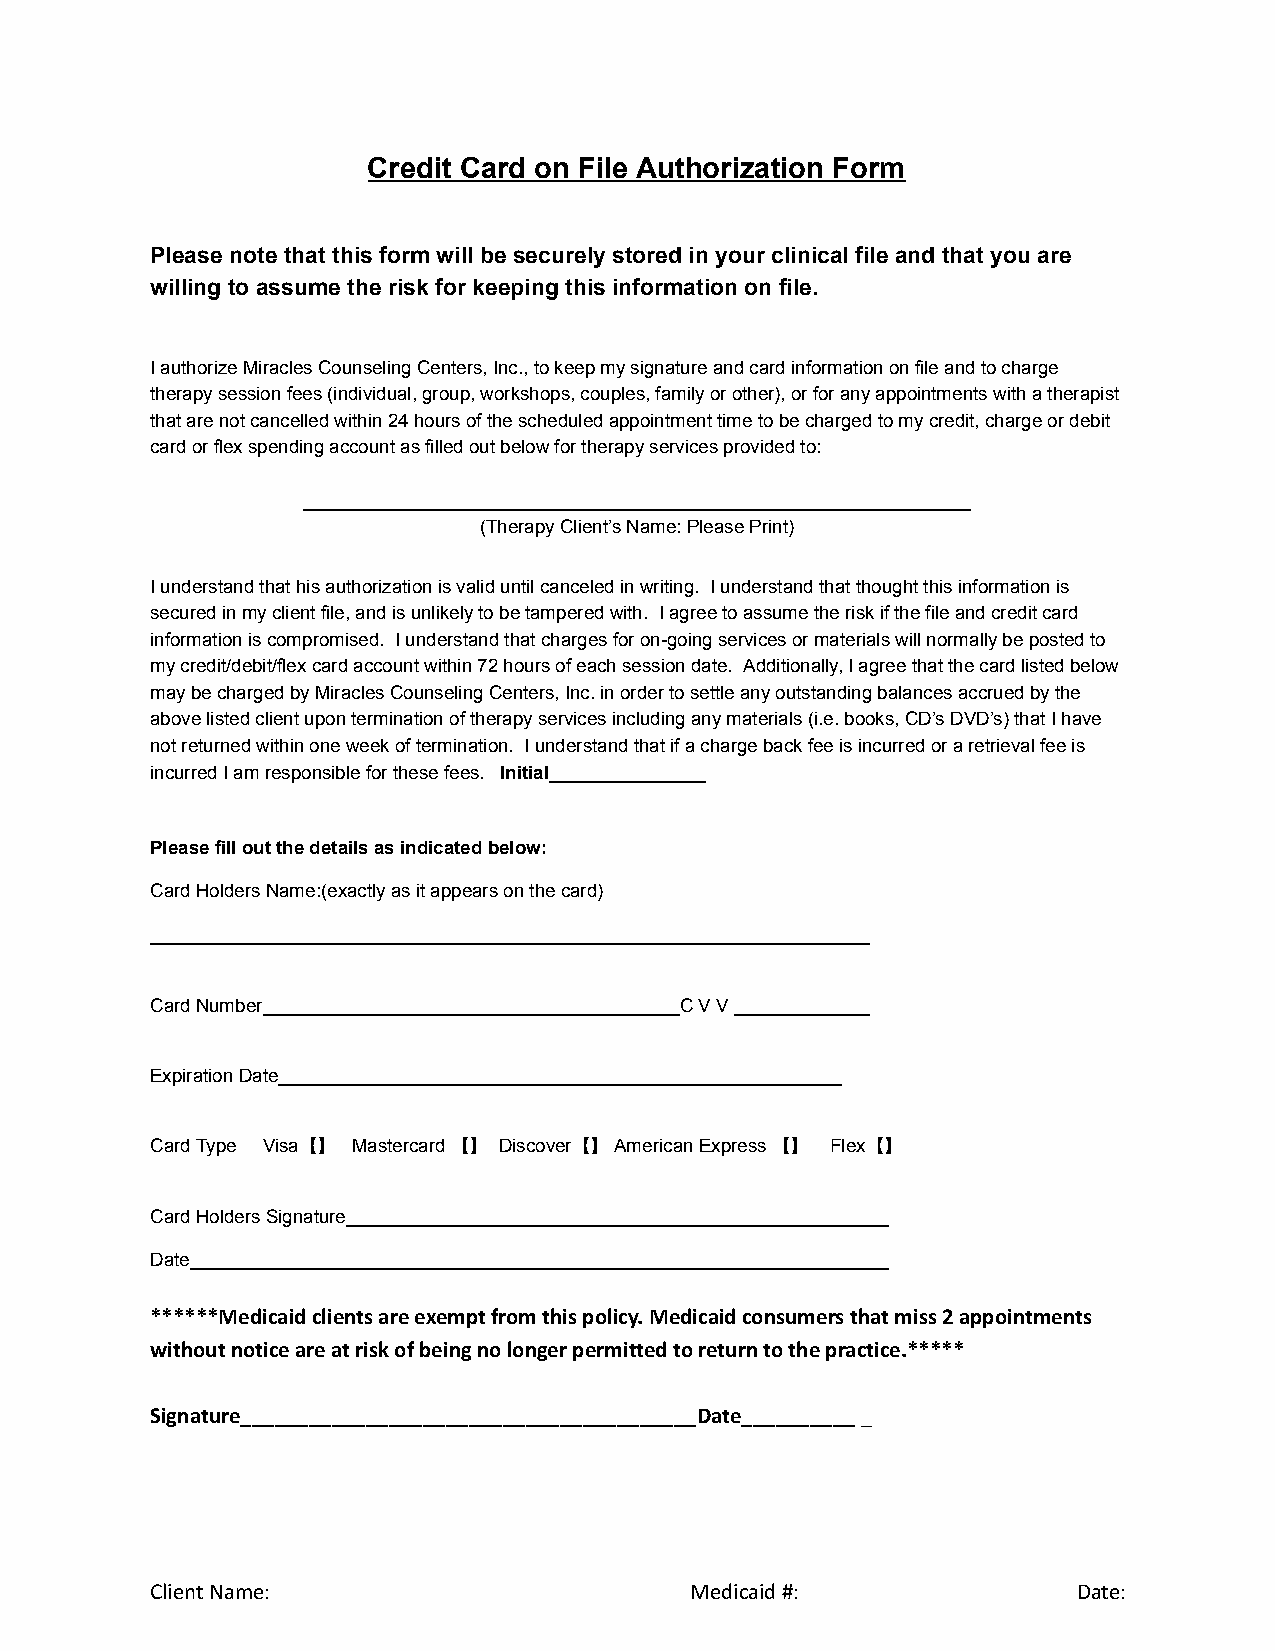
Credit Card on File Authorization Form
 Please note that this form will be securely stored in your clinical file and that you are
 willing to assume the risk for keeping this information on file.
 I authorize Miracles Counseling Centers, Inc., to keep my signature and card information on file and to charge
 therapy session fees (individual, group, workshops, couples, family or other), or for any appointments with a therapist
 that are not cancelled within 24 hours of the scheduled appointment time to be charged to my credit, charge or debit
 card or flex spending account as filled out below for therapy services provided to:
 ________________________________________________________________
 (Therapy Client’s Name: Please Print)
 I understand that his authorization is valid until canceled in writing. I understand that thought this information is
 secured in my client file, and is unlikely to be tampered with. I agree to assume the risk if the file and credit card
 information is compromised. I understand that charges for on-going services or materials will normally be posted to
 my credit/debit/flex card account within 72 hours of each session date. Additionally, I agree that the card listed below
 may be charged by Miracles Counseling Centers, Inc. in order to settle any outstanding balances accrued by the
 above listed client upon termination of therapy services including any materials (i.e. books, CD’s DVD’s) that I have
 not returned within one week of termination. I understand that if a charge back fee is incurred or a retrieval fee is
 incurred I am responsible for these fees. Initial_______________
 Please fill out the details as indicated below:
 Card Holders Name:(exactly as it appears on the card)
 _____________________________________________________________________
 Card Number________________________________________C V V _____________
 Expiration Date______________________________________________________
 Card Type Visa【 】 Mastercard 【】 Discover 【】 American Express 【 】 Flex 【】
 Card Holders Signature____________________________________________________
 Date___________________________________________________________________
 ******Medicaid clients are exempt from this policy. Medicaid consumers that miss 2 appointments
 without notice are at risk of being no longer permitted to return to the practice.*****
 Signature________________________________________Date__________ _
 Client Name:                        Medicaid #:              Date: